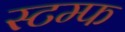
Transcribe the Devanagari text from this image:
स्टम्फ